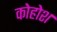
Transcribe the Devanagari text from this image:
कोहोश